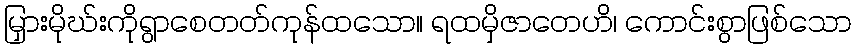
မြှားမိုဃ်းကိုရွာစေတတ်ကုန်ထသော။ ရထမှိဇာတေဟိ၊ ကောင်းစွာဖြစ်သော